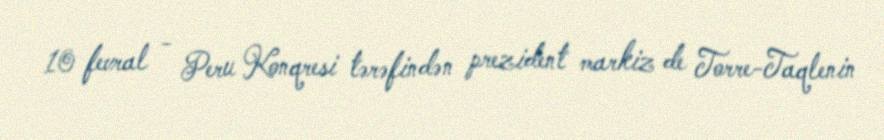
10 fevral - Peru Konqresi tərəfindən prezident markiz de Torre-Taqlenin